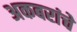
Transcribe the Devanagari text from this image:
अकबरांचे